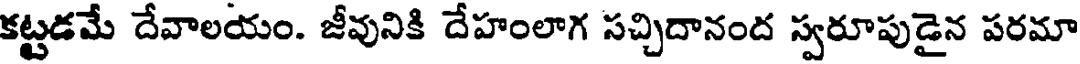
కట్టడమే దేవాలయం. జీవునికి దేహంలాగ సచ్చిదానంద స్వరూపుడైన పరమా